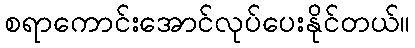
စရာကောင်းအောင်လုပ်ပေးနိုင်တယ်။